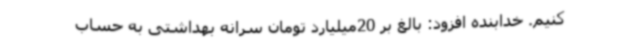
کنیم. خدابنده افزود: بالغ بر 20میلیارد تومان سرانه بهداشتی به حساب